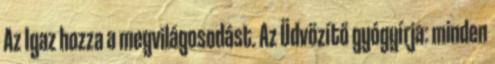
Az Igaz hozza a megvilágosodást. Az Üdvözítő gyógyírja: minden